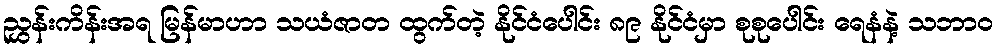
ညွှန်းကိန်းအရ မြန်မာဟာ သယံဇာတ ထွက်တဲ့ နိုင်ငံပေါင်း ၈၉ နိုင်ငံမှာ စုစုပေါင်း ရေနံနဲ့ သဘာဝ